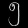
Digit: ၅